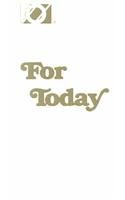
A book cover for For Today; Overeaters Anonymous; Self-Help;